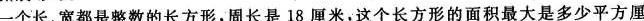
一个长、宽都是整数的长方形，周长是18厘米，这个长方形的面积最大是多少平方厘